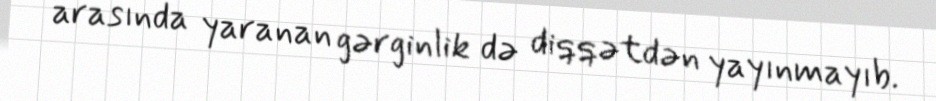
arasında yaranan gərginlik də diqqətdən yayınmayıb.